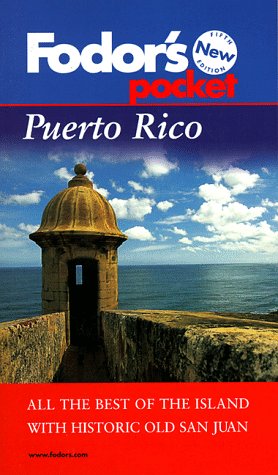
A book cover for Fodor's Pocket Puerto Rico, 5th Edition: The Best of the Island with Historic Old San Juan (Fodor's in Focus Puerto Rico); Fodor's; Travel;